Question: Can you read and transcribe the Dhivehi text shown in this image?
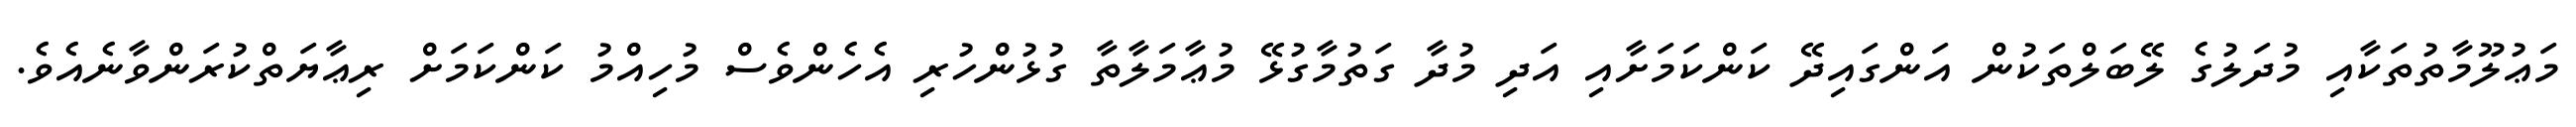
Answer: މަޢުލޫމާތުތަކާއި މުދަލުގެ ލޭބަލްތަކުން އަންގައިދޭ ކަންކަމަށާއި އަދި މުދާ ގަތުމާގުޅޭ މުޢާމަލާތާ ގުޅުންހުރި އެހެންވެސް މުހިއްމު ކަންކަމަށް ރިޢާޔަތްކުރަންވާނެއެވެ.